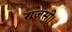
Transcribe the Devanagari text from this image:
राजसी।